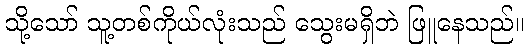
သို့သော် သူ့တစ်ကိုယ်လုံးသည် သွေးမရှိဘဲ ဖြူနေသည်။